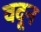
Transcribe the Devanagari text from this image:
वदून